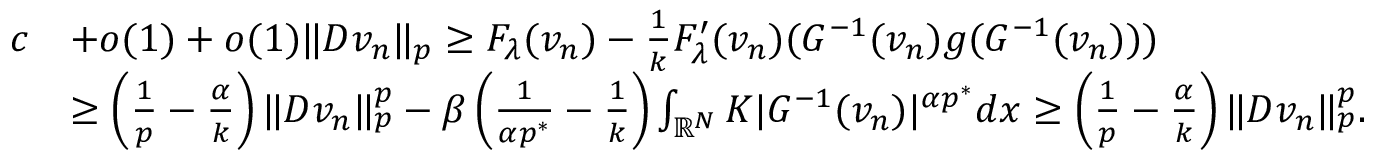
\begin{array} { r l } { c } & { + o ( 1 ) + o ( 1 ) \| D v _ { n } \| _ { p } \ge F _ { \lambda } ( v _ { n } ) - \frac { 1 } { k } F _ { \lambda } ^ { \prime } ( v _ { n } ) ( G ^ { - 1 } ( v _ { n } ) g ( G ^ { - 1 } ( v _ { n } ) ) ) } \\ & { \ge \left( \frac { 1 } { p } - \frac { \alpha } { k } \right) \| D v _ { n } \| _ { p } ^ { p } - \beta \left( \frac { 1 } { \alpha p ^ { * } } - \frac { 1 } { k } \right) \int _ { \mathbb R ^ { N } } K | G ^ { - 1 } ( v _ { n } ) | ^ { \alpha p ^ { * } } d x \ge \left( \frac { 1 } { p } - \frac { \alpha } { k } \right) \| D v _ { n } \| _ { p } ^ { p } . } \end{array}